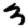
Digit: 3